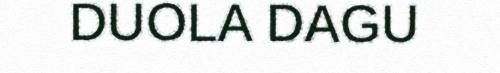
DUOLA DAGU